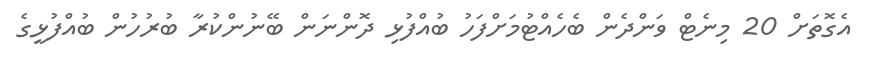
އެގޮތަށް 20 މިނެޓް ވަންދެން ބެހެއްޓުމަށްފަހު ބުއްފުޅި ދޮންނަން ބޭނުންކުރާ ބުރުހުން ބުއްފުޅީގެ